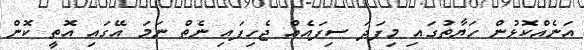
އަނެއްކޮޅުން ހަޔާތުގައި މިފަދަ ސިފައެއް ޖެހިފައި ނެތް ނަމަ އޭގައި އޮތީ ކޮން